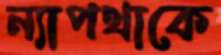
ন্যাপথাকে